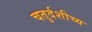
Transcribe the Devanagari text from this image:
चतुर्दशीच्य